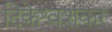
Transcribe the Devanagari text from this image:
दिकेश्वशंकर